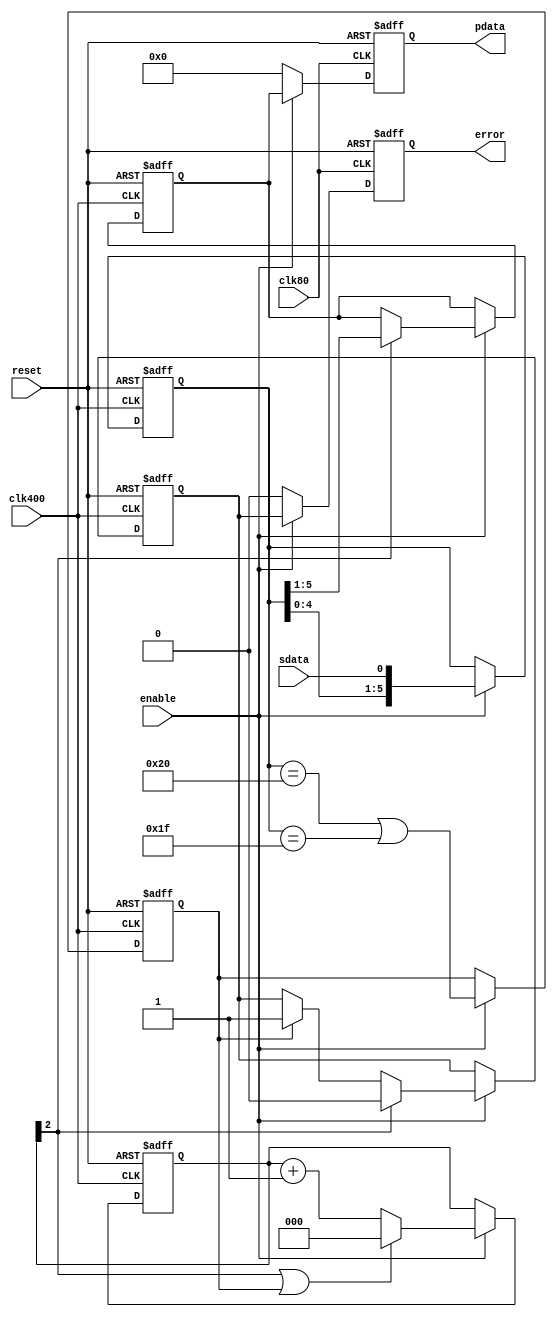
module frame_detector
(
	input clk400,
	input clk80,
	input reset,
	input enable,
	input sdata,
	output reg [4:0]pdata,
	output reg error
);
	reg [5:0]s;  
	reg detect;  
	reg [2:0]c;  
	wire sync = c[2]; 
	reg [4:0]p;  
	reg e;       
	always @(posedge clk400 or posedge reset)
	begin
		if (reset)
		begin
			s <= 0;
			detect <= 0;
			c <= 0;
			p <= 0;
			e <= 0;
		end
		else if (enable)
		begin
			s <= {s[4:0],sdata};
			detect <= (s[5:0] == 6'b100000) || (s[5:0] == 6'b011111);
			if (sync || detect) c <= 3'd0; else c <= c + 3'd1;
			if (sync) p <= s[5:1];
			if (sync) e <= 0; else if (detect) e <= 1;
		end
	end
	always @(posedge clk80 or posedge reset)
	begin
		if (reset)
		begin
			pdata <= 5'd0;
			error <= 0;
		end
		else if (enable)
		begin
			pdata <= p;
			error <= e;
		end
		else
		begin
			pdata <= 5'd0;
			error <= 0;
		end
	end
endmodule